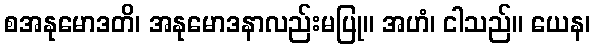
စအနုမောဒတိ၊ အနုမောဒနာလည်းမပြု။ အဟံ၊ ငါသည်။ ယေန၊